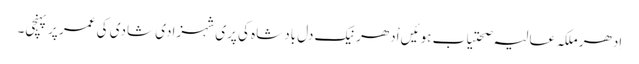
اِدھر ملکہ عالیہ صحتیاب ہوئیں اْدھر نیک دل بادشاہ کی پری شہزادی شادی کی عمر پر پہنچی۔